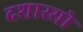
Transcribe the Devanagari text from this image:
दशास्यो